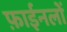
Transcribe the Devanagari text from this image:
फ़ाईनलों